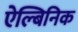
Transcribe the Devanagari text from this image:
ऐल्बिनिक